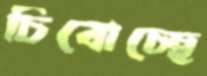
চিবোচ্ছে